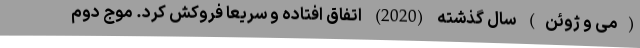
(می و ژوئن) سال گذشته (2020) اتفاق افتاده و سریعا فروکش کرد. موج دوم